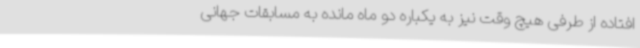
افتاده از طرفی هیچ وقت نیز به یکباره دو ماه مانده به مسابقات جهانی